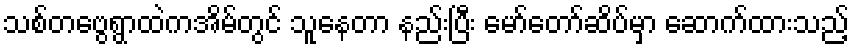
သစ်တဗွေရွာထဲကအိမ်တွင် သူနေတာ နည်းပြီး မော်တော်ဆိပ်မှာ ဆောက်ထားသည့်